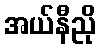
အယ်နီညို